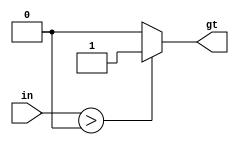
`timescale 1ns/1ns

module zero_comparator(in, gt);
	input [31:0] in;
	output gt;

	assign gt = in > 0 ? 1 : 0;
endmodule